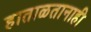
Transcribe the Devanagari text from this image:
हाताळतानाही